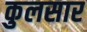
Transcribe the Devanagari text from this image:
कुलसार